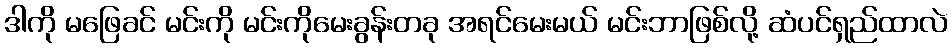
ဒါကို မဖြေခင် မင်းကို မင်းကိုမေးခွန်းတခု အရင်မေးမယ် မင်းဘာဖြစ်လို့ ဆံပင်ရှည်ထာလဲ